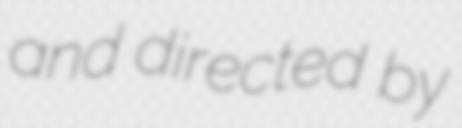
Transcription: and directed by